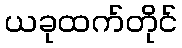
ယခုထက်တိုင်